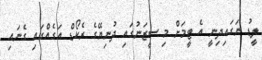
ލީޑު ނަގައިދިނީ އެ ޓީމަށް މި ސީޒަނުގައި ދުނިޔޭގެ ރެކޯޑް އަގެއްގައި ގެނައި